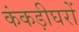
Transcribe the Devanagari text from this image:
कंकड़ीघरों